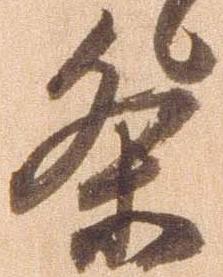
条